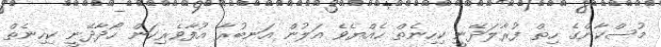
މުސްކާންގެ ހިތް ފުރާލަދޭނީ ކިހިނެތް ހެއްޔެވެ އަލުން އަނބުރާ އުފާވެރިކަން ހޯދާދޭނީ ކިހިނެތް